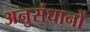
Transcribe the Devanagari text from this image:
अनुसंघानों